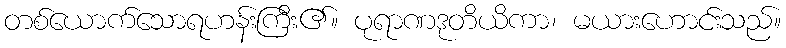
တစ်ယောက်သောရဟန်းကြီး၏။ ပုရာဏဒုတိယိကာ၊ မယားဟောင်းသည်။